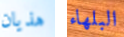
هذيان البلهاء